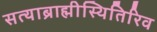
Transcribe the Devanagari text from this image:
सत्याब्राह्मीस्थितिरिव